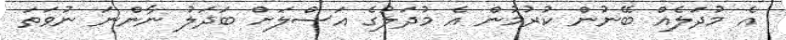
އެ މުދަލެއް ބޭނުން ކުރުމުން އެ މުދަލުގެ އަސްލަށް ބަދަލު ނާންނަ ނުވަތަ